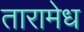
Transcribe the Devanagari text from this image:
तारामेध